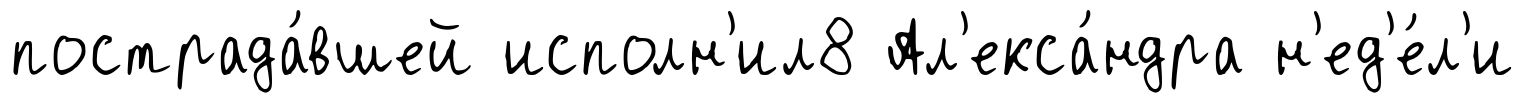
пострада́вшей исполн'ил8 Ал'екса́ндра н'ед'е́л'и